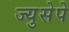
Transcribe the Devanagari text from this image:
ज्युसेपे